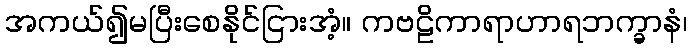
အကယ်၍မပြီးစေနိုင်ငြားအံ့။ ကဗဠိကာရာဟာရဘက္ခာနံ၊